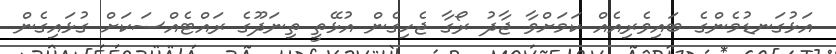
އަޅުގަނޑުމެންގެ ބައިވެރިއެއް ކަމަށްވާ ޖާދު ރޯގާ ޖެހިގެން އުޅޭތީ ތިނަދޫގެ ރައްޓެއްސަކަށް ގުޅައިގެން